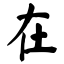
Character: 在